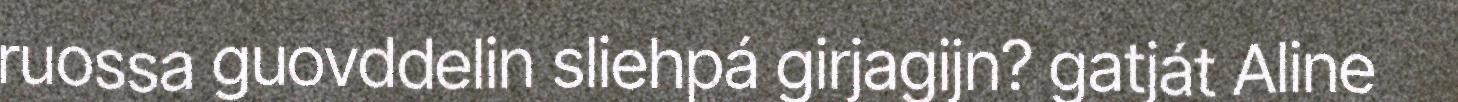
ruossa guovddelin sliehpá girjagijn? gatját Aline